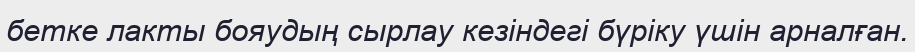
бетке лакты бояудың сырлау кезіндегі бүріку үшін арналған.